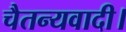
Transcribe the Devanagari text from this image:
चैतन्यवादी।